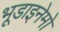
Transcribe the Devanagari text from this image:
भूडाइनेमो